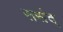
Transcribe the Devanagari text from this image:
ससंद्